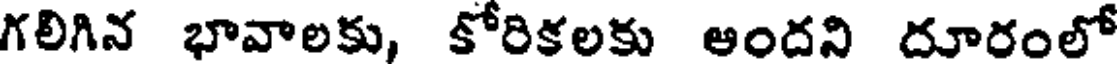
గలిగిన భావాలకు, కోరికలకు అందని దూరంలో